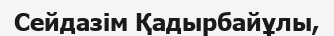
Сейдазім Қадырбайұлы,